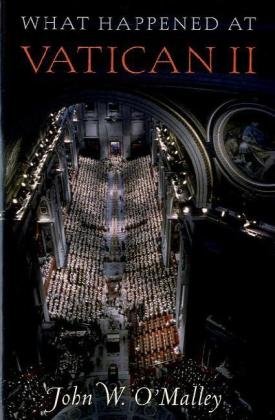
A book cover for What Happened at Vatican II; John W. O'Malley; Christian Books & Bibles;